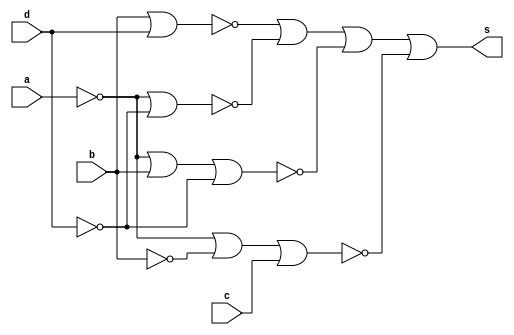
// Nome: Marley Ribeiro
// Matrcula: 414510

module QuineMcCluskey  ( s,a,b,c,d );

output s;
input a,b,c,d;
wire s1,s2,s3,s4,s5,s6,s7,s8,s9,s10,s11,s12,s13,s14,s15,s16,s17;


nor NOR1 (s1,b,b);
nor NOR2 (s2,d,d);
nor NOR3 (s3,s1,s1);
nor NOR4 (s4,s2,s2);
nor NOR5 (s5,s3,s4);
nor NOR6 (s6,a,a);
nor NOR7 (s7,d,d);
nor NOR8 (s8,s6,s7);
nor NOR9 (s9,a,a);
nor NOR10 (s10,d,d);
nor NOR11 (s11,s9,b,s10);
nor NOR12 (s12,a,a);
nor NOR13 (s13,b,b);
nor NOR14 (s14,c,c);
nor NOR15 (s15,s14,s14);
nor NOR16 (s16,s12,s13,s15);
nor NOR17 (s17,s5,s8,s11,s16);
nor NOR18 (s,s17,s17);

endmodule

//--------------------------------------------------------------------------------------------------------------

module teste;
reg a,b,c,d;
wire s;

QuineMcCluskey   QM ( s,a,b,c,d );

initial begin:start
        a=0; b=0; c=0; d=0;
end

initial begin: main
#1 $display (" Exer Guia 08 - Marley Ribeiro- porta NOR ");
#1 $display (" a   b   c   d  =   s ");
  $monitor (" %b   %b   %b   %b  =   %b ",a,b,c,d,s);
           #1 a=0;    b=0;   c=0;   d=1;
			  #1 a=0;    b=0;   c=1;   d=0;
			  #1 a=0;    b=0;   c=1;   d=1;
			  #1 a=0;    b=1;   c=0;   d=0;
			  #1 a=0;    b=1;   c=0;   d=1;
			  #1 a=0;    b=1;   c=1;   d=0;
			  #1 a=0;    b=1;   c=1;   d=1;
			  #1 a=1;    b=0;   c=0;   d=0;
			  #1 a=1;    b=0;   c=0;   d=1;
			  #1 a=1;    b=0;   c=1;   d=0;
			  #1 a=1;    b=0;   c=1;   d=1;
			  #1 a=1;    b=1;   c=0;   d=0;
			  #1 a=1;    b=1;   c=0;   d=1;
			  #1 a=1;    b=1;   c=1;   d=0;
			  #1 a=1;    b=1;   c=1;   d=1;
			  
			  
			  
end
endmodule